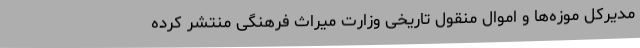
مدیرکل موزه‌ها و اموال منقول تاریخی وزارت میراث فرهنگی منتشر کرده